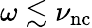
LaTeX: \omega\lesssim\nu_{\mathrm{nc}}